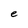
Character: e